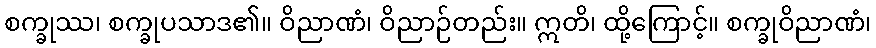
စက္ခုဿ၊ စက္ခုပသာဒ၏။ ဝိညာဏံ၊ ဝိညာဉ်တည်း။ ဣတိ၊ ထို့ကြောင့်။ စက္ခုဝိညာဏံ၊